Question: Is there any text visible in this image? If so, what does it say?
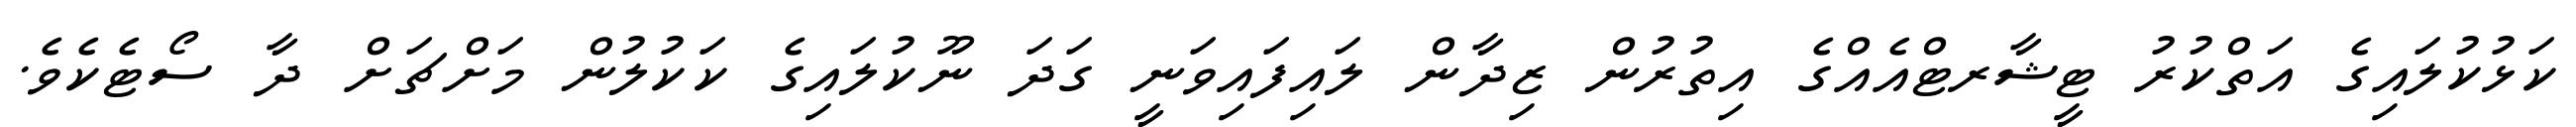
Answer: ކަޅުކުލައިގެ އަތްކުރު ޓީޝާރޓްއެއްގެ އިތުރުން ޒިދާން ލައިފައިވަނީ ގަދަ ނޫކުލައިގެ ކަކުލުން މަށްޗަށް ދާ ސޯޓެކެވެ.